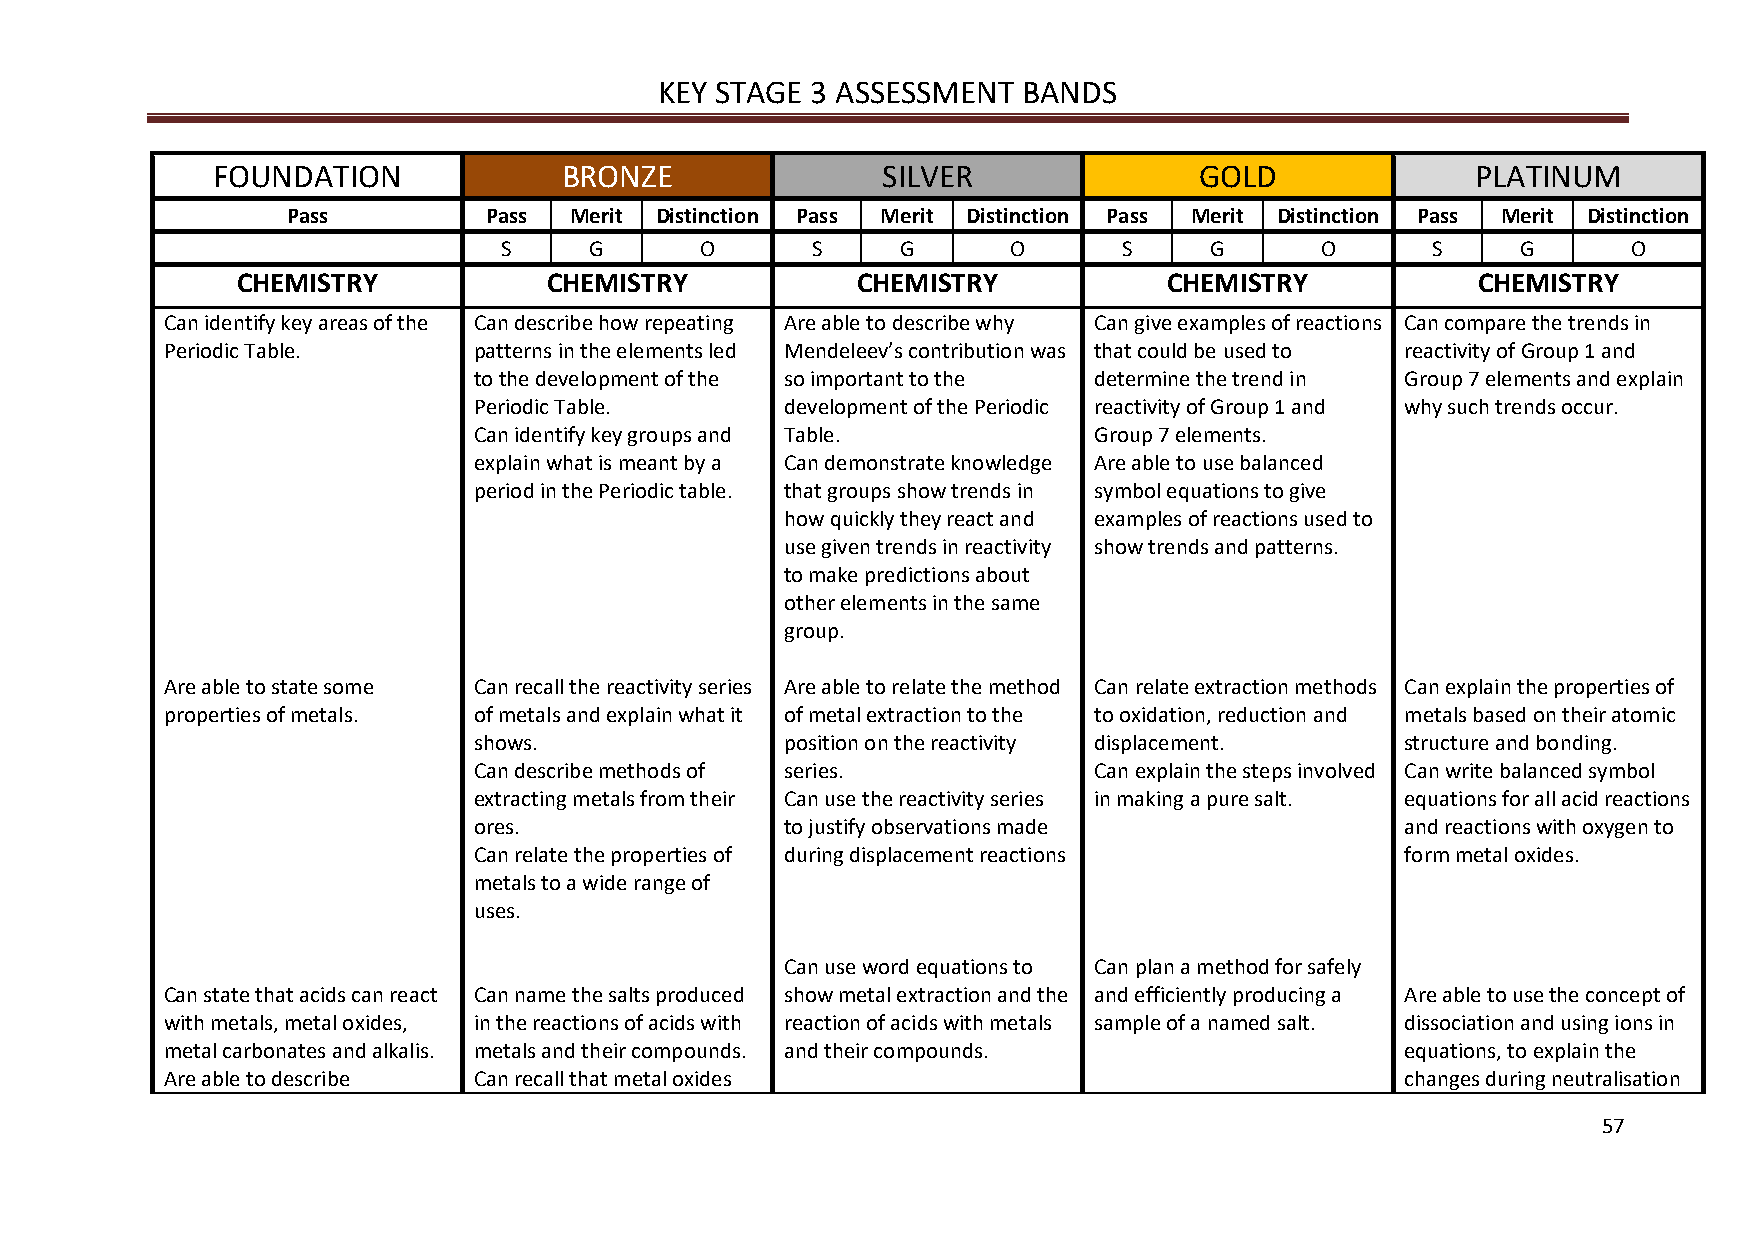
KEY STAGE 3 ASSESSMENT  BANDS
 FOUNDATION             BRONZE               SILVER               GOLD               PLATINUM
 Pass         Pass  Merit Distinction Pass Merit Distinction Pass Merit Distinction Pass Merit Distinction
 S     G      O       S     G      O      S     G      O       S     G      O
 CHEMISTRY           CHEMISTRY            CHEMISTRY           CHEMISTRY            CHEMISTRY
 Can identify key areas of the Can describe how repeating Are able to describe why Can give examples of reactions Can compare the trends in
 Periodic Table.     patterns in the elements led Mendeleev’s contribution was that could be used to reactivity of Group 1 and
 to the development of the so important to the determine the trend in Group 7 elements and explain
 Periodic Table.      development of the Periodic reactivity of Group 1 and why such trends occur.
 Can identify key groups and Table.       Group 7 elements.
 explain what is meant by a Can demonstrate knowledge Are able to use balanced
 period in the Periodic table. that groups show trends in symbol equations to give
 how quickly they react and examples of reactions used to
 use given trends in reactivity show trends and patterns.
 to make predictions about
 other elements in the same
 group.
 Are able to state some Can recall the reactivity series Are able to relate the method Can relate extraction methods Can explain the properties of
 properties of metals. of metals and explain what it of metal extraction to the to oxidation, reduction and metals based on their atomic
 shows.               position on the reactivity displacement. structure and bonding.
 Can describe methods of series.          Can explain the steps involved Can write balanced symbol
 extracting metals from their Can use the reactivity series in making a pure salt. equations for all acid reactions
 ores.                to justify observations made             and reactions with oxygen to
 Can relate the properties of during displacement reactions    form metal oxides.
 metals to a wide range of
 uses.
 Can use word equations to Can plan a method for safely
 Can state that acids can react Can name the salts produced show metal extraction and the and efficiently producing a Are able to use the concept of
 with metals, metal oxides, in the reactions of acids with reaction of acids with metals sample of a named salt. dissociation and using ions in
 metal carbonates and alkalis. metals and their compounds. and their compounds.    equations, to explain the
 Are able to describe Can recall that metal oxides                                 changes during neutralisation
 57